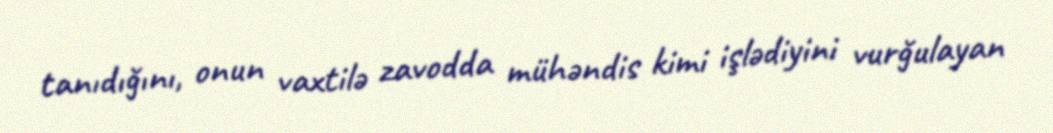
tanıdığını, onun vaxtilə zavodda mühəndis kimi işlədiyini vurğulayan